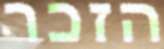
הזכר